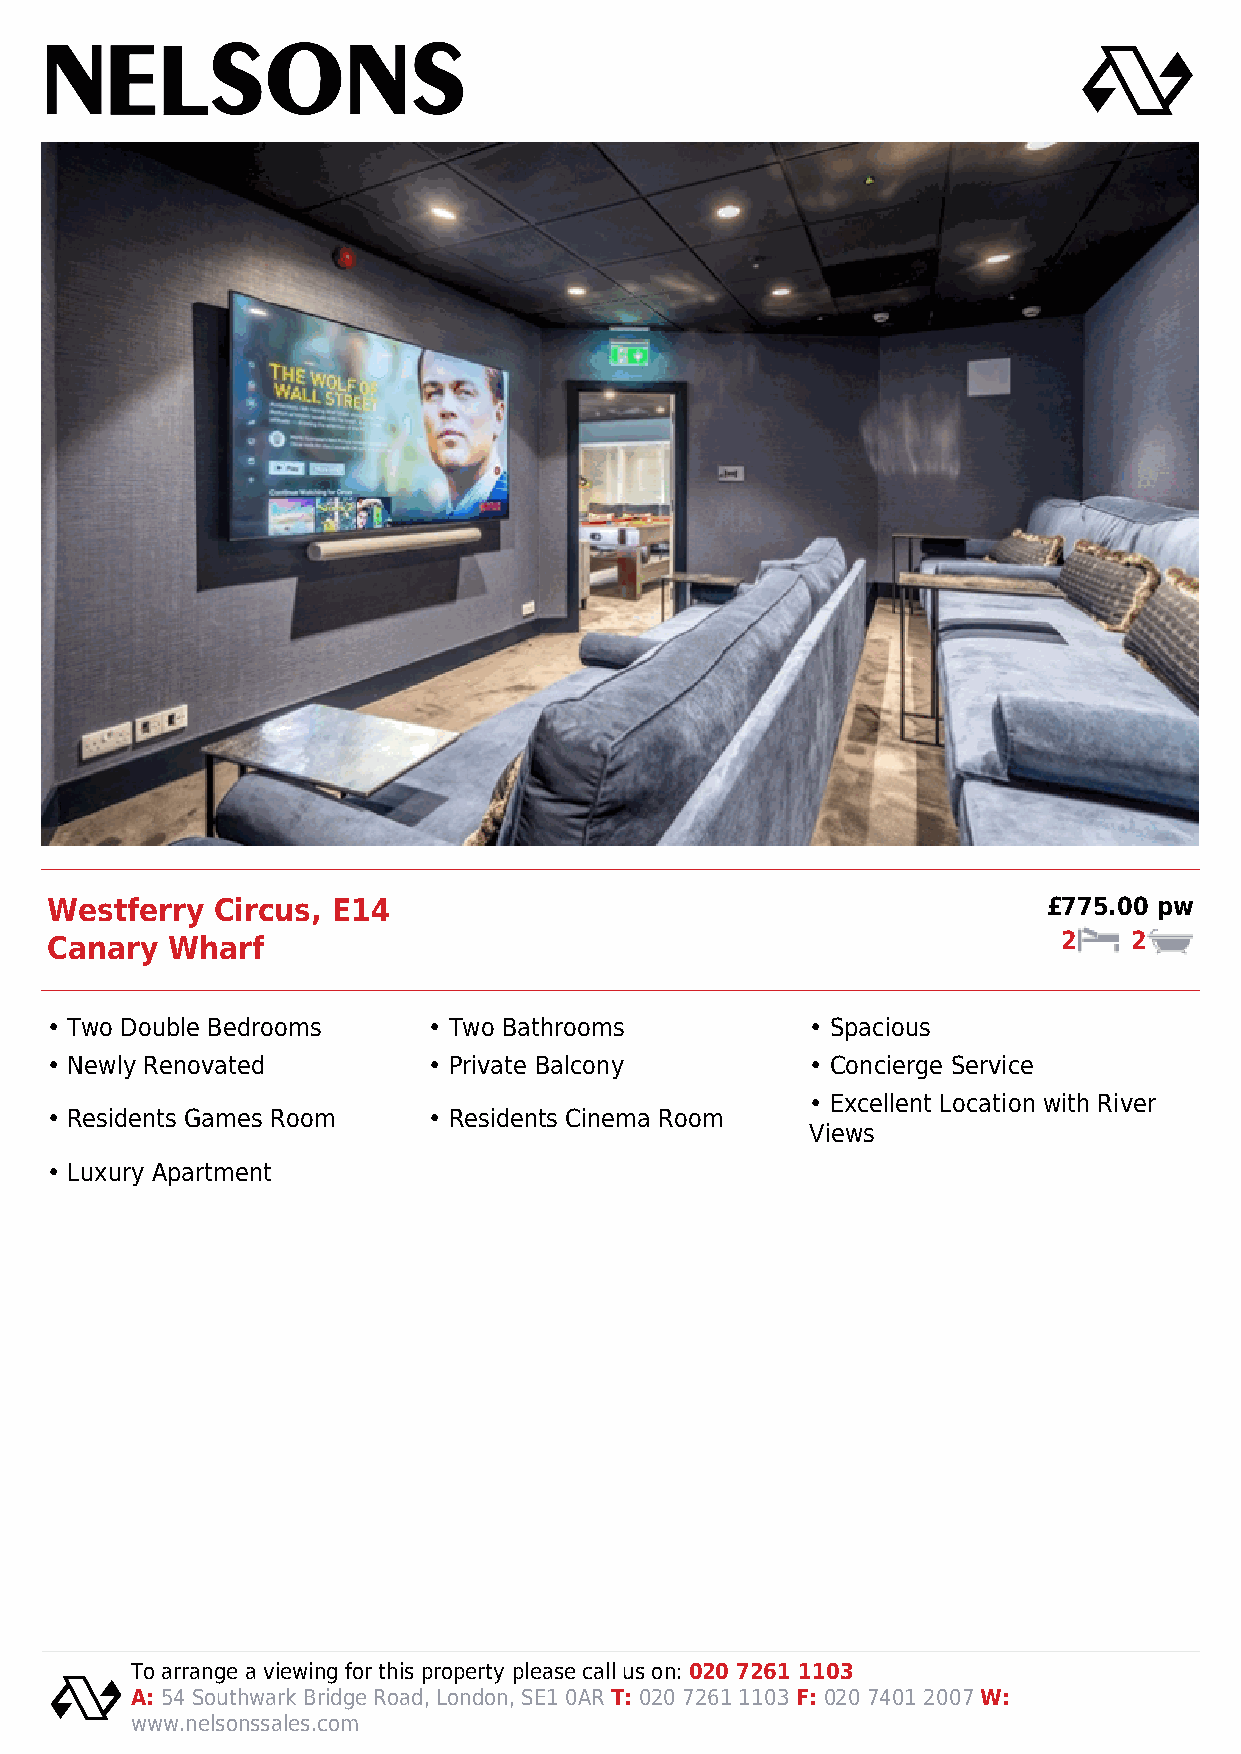
Westferry  Circus, E14                                            £775.00 pw
 Canary  Wharf                                                      2    2
 • Two Double Bedrooms    • Two Bathrooms           • Spacious
 • Newly Renovated        • Private Balcony         • Concierge Service
 • Excellent Location with River
 • Residents Games Room   • Residents Cinema Room
 Views
 • Luxury Apartment
 To arrange a viewing for this property please call us on: 020 7261 1103
 A: 54 Southwark Bridge Road, London, SE1 0AR T: 020 7261 1103 F: 020 7401 2007 W:
 www.nelsonssales.com